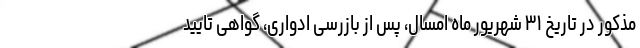
مذکور در تاریخ ۳۱ شهریور ماه امسال، پس از بازرسی ادواری، گواهی تایید